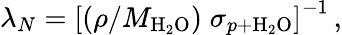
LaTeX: \lambda_{N}=\left[\left(\rho/M_{\mathrm{H}_{2}\mathrm{O}}\right)\; \sigma_{p+\mathrm{H}_{2}\mathrm{O}}\right]^{-1}\, ,